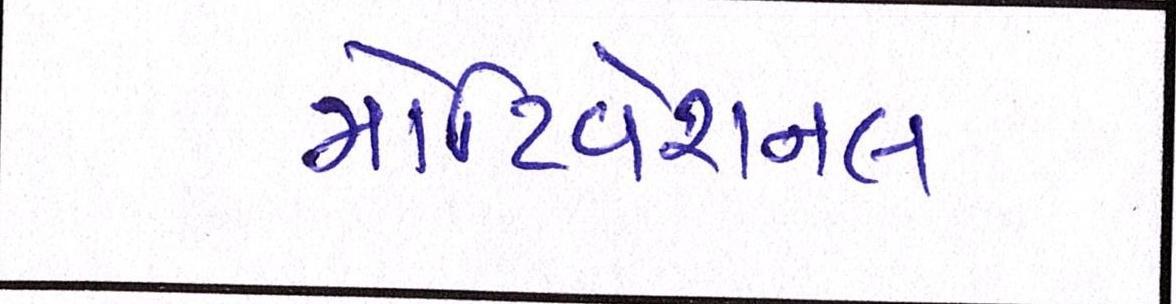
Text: મોટિવેશનલ